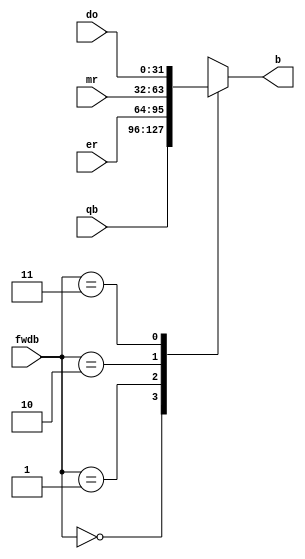
module b_mux(
    input [1:0] fwdb,
    input [31:0] qb,
    input [31:0] er,
    input [31:0] mr,
    input [31:0] do,
    output reg [31:0] b
    );
    always @(*) begin 
        case(fwdb) 
            2'b00: b <= qb;
            2'b01: b <= er;
            2'b10: b <= mr;
            2'b11: b <= do;
        endcase
    end
endmodule